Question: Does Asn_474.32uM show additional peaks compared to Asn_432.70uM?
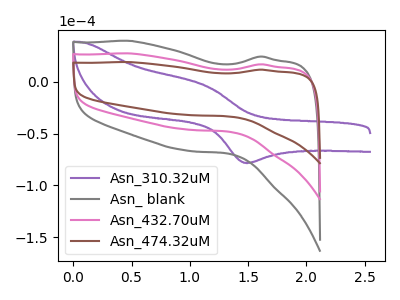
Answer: <think>The purple curve "Asn_310.32uM" has an anodic peak at (1.15V, -3.75uA) and a cathodic peak at (1.45V, -78.25uA). The gray curve "Asn_ blank" has no peaks. The pink curve "Asn_432.70uM" has no peaks. The brown curve "Asn_474.32uM" has no peaks.
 Neither "Asn_474.32uM" or "Asn_432.70uM" have any peaks.</think>
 <answer>No, "Asn_474.32uM" and "Asn_432.70uM" don't appear to be significantly different in shape</answer>
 <eval>no_change</eval>